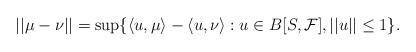
LaTeX: \begin{align*}||\mu - \nu|| = \sup\{ \langle u, \mu\rangle - \langle u, \nu\rangle : u \in B[S, {\cal F}], ||u|| \leq 1\}.\end{align*}